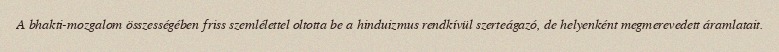
A bhakti-mozgalom összességében friss szemlélettel oltotta be a hinduizmus rendkívül szerteágazó, de helyenként megmerevedett áramlatait.